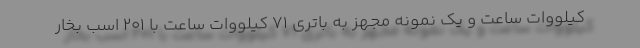
کیلووات ساعت و یک نمونه مجهز به باتری 71 کیلووات ساعت با 201 اسب بخار